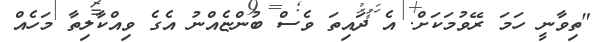
"ތިވާނީ ހަމަ ރޭވުމަކަށް. އެ ދައިތަ ވެސް ބުންޏެއްނު އެގެ ވިއްކާލިތާ މަހެއް